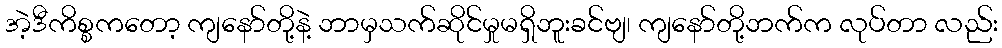
အဲ့ဒီကိစ္စကတော့ ကျနော်တို့နဲ့ ဘာမှသက်ဆိုင်မှုမရှိဘူးခင်ဗျ၊ ကျနော်တို့ဘက်က လုပ်တာ လည်း